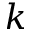
k